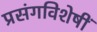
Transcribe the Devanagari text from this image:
प्रसंगविशेषीं